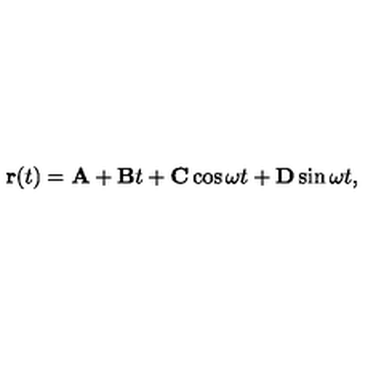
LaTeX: { \bf r } ( t ) = { \bf A } + { \bf B } t + { \bf C } \cos \omega t + { \bf D } \sin \omega t ,